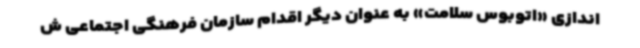
اندازی «اتوبوس سلامت» به عنوان دیگر اقدام سازمان فرهنگی اجتماعی ش